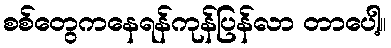
စစ်တွေကနေရန်ကုန်ပြန်လာ တာပေါ့။